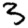
Digit: 3